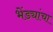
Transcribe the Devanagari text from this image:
भेंड्यांचा